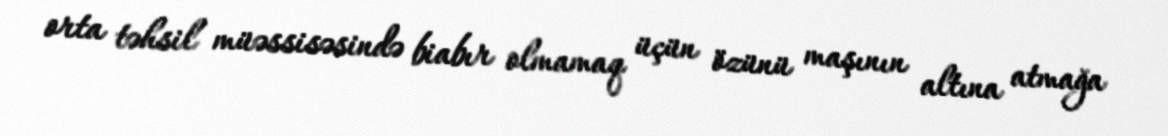
orta təhsil müəssisəsində biabır olmamaq üçün özünü maşının altına atmağa